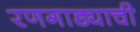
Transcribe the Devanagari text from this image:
रणगाड्याची